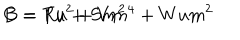
B = R u + S m ^ { 2 } \hspace { 2 c m } C = T u ^ { 2 } + V m ^ { 4 } + W u m ^ { 2 }